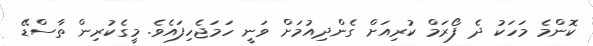
ކޮންމެ މަހަކު ދެ ފޯރަމް ކުރިއަށް ގެންދިއުމަށް ވަނީ ހަމަޖެހިފައެވެ. މީގެކުރިން ތާސްޑޭ